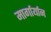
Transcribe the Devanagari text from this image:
मार्गार्यान